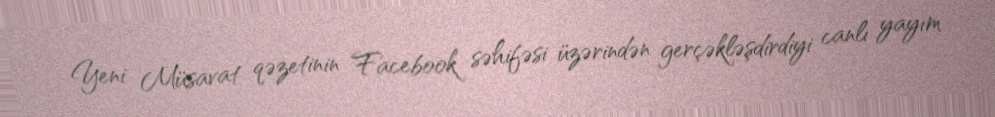
Yeni Müsavat qəzetinin Facebook səhifəsi üzərindən gerçəkləşdirdiyi canlı yayım